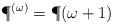
LaTeX: \begin{align*}\P^{(\omega)} = \P(\omega+1)\end{align*}